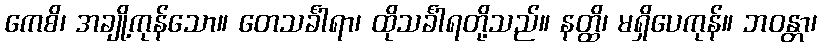
ကေစိ၊ အချို့ကုန်သော။ တေသင်္ခါရာ၊ ထိုသင်္ခါရတို့သည်။ နတ္ထိ၊ မရှိပေကုန်။ ဘဝန္တာ၊